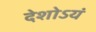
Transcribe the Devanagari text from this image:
देशोऽयं